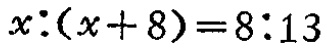
\(x:(x + 8)=8:13\)